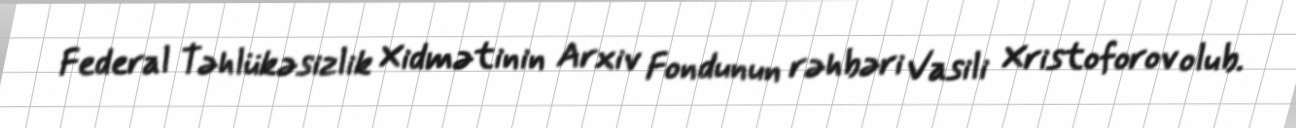
Federal Təhlükəsizlik Xidmətinin Arxiv Fondunun rəhbəri Vasili Xristoforov olub.